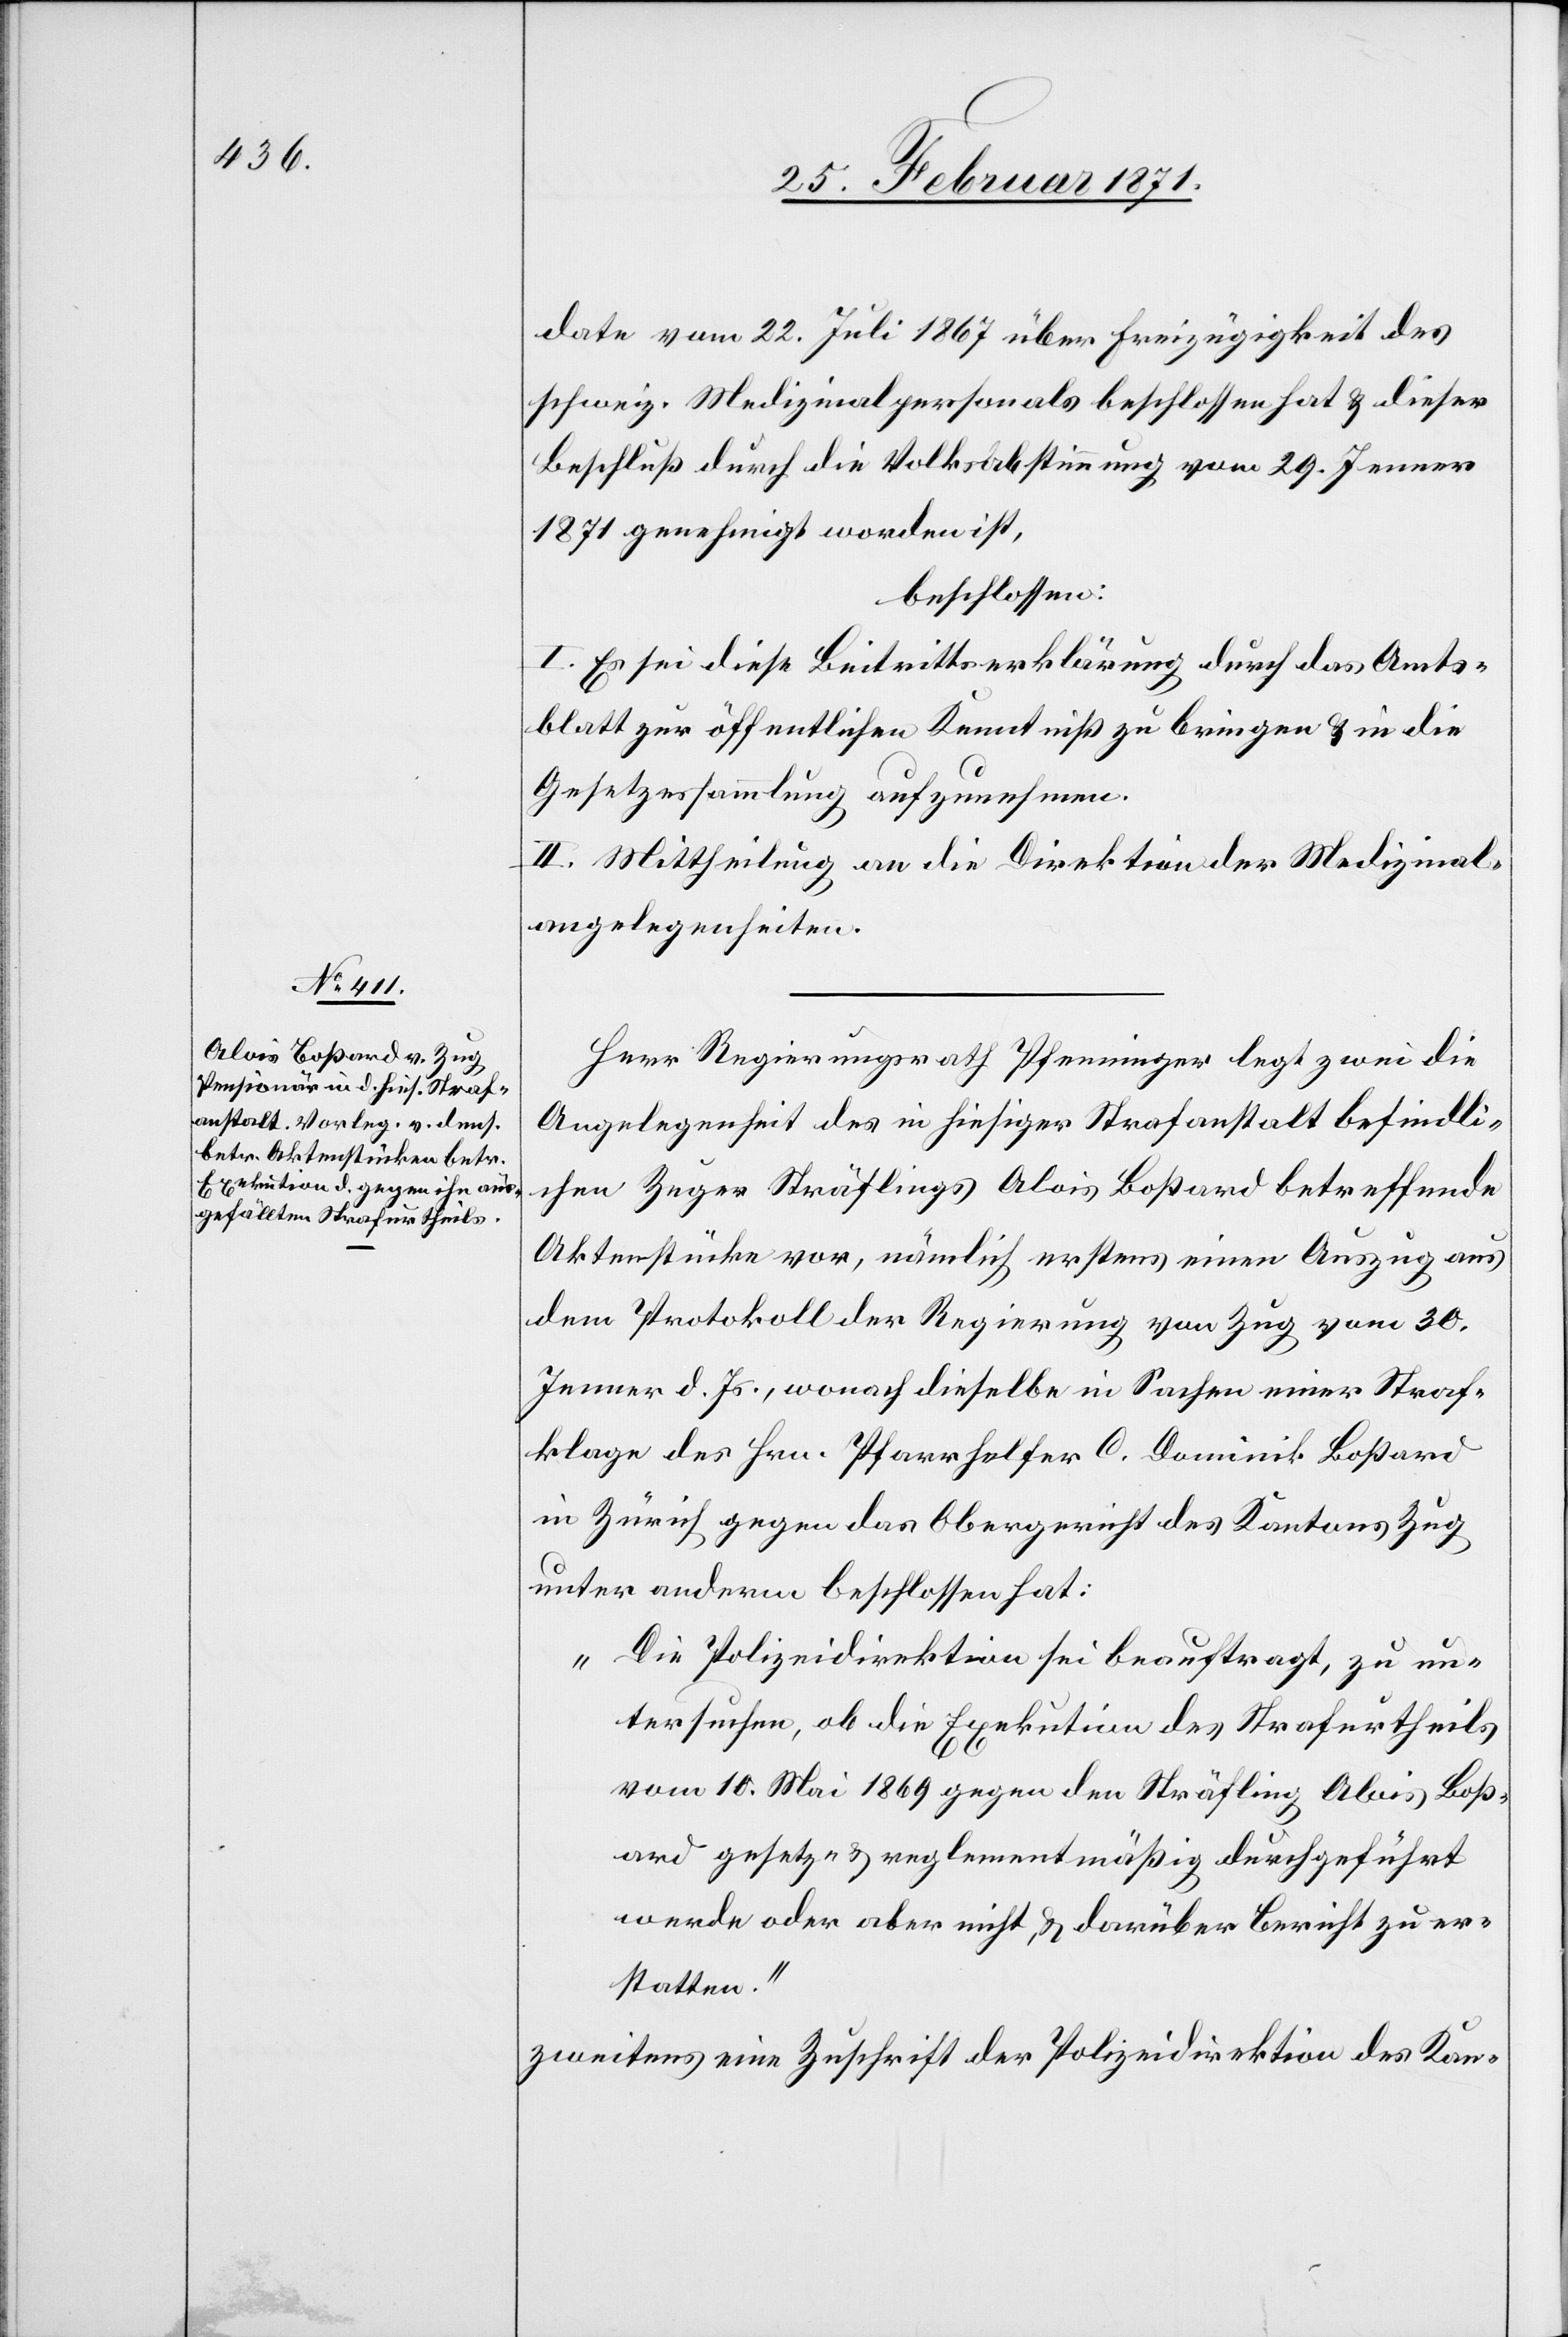
date vom 22. Juli 1867 über Freizügigkeit des
schweiz. Medizinalpersonals beschlossen hat u. dieser
Beschluß durch die Volksabstimmung vom 29. Jenner
1871 genehmigt worden ist,
beschlossen:
I. Es sei diese Beitrittserklärung durch das Amts¬
blatt zur öffentlichen Kenntniß zu bringen u. in die
Gesetzessammlung aufzunehmen.
II. Mittheilung an die Direktion der Medizinal¬
angelegenheiten.
Herr Regierungsrath Pfenninger legt zwei die
Angelegenheit des in hiesiger Strafanstalt befindli¬
chen Zuger Sträflings Alois Boßard betreffende
Aktenstücke vor, nämlich erstens einen Auszug aus
dem Protokoll der Regierung von Zug vom 30.
Jenner d. Js., wonach dieselbe in Sachen einer Straf¬
klage des Hrn. Pfarrhelfer C. Dominik Boßard
in Zürich gegen das Obergericht des Kanton Zug
unter anderm beschlossen hat:
„Die Polizeidirektion sei beauftragt, zu un¬
tersuchen, ob die Exekution des Strafurtheils
vom 10. Mai 1869 gegen den Sträfling Alois Boß¬
ard gesetz- u. reglementmäßig durchgeführt
werde oder aber nicht, u. darüber Bericht zu er¬
statten.“
zweitens eine Zuschrift der Polizeidirektion des Kan-